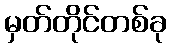
မှတ်တိုင်တစ်ခု